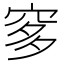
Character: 𱶻